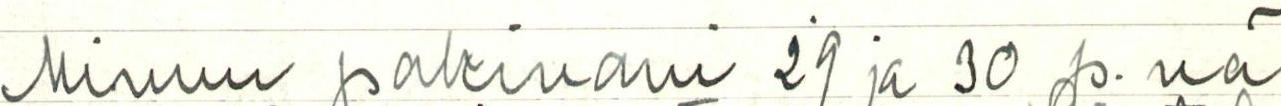
Minun pakinani 29 ja 30 p.nä